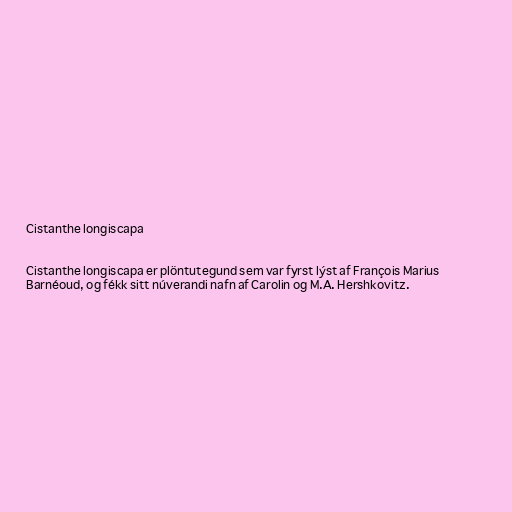
Cistanthe longiscapa

Cistanthe longiscapa er plöntutegund sem var fyrst lýst af François Marius
Barnéoud, og fékk sitt núverandi nafn af Carolin og M.A. Hershkovitz.